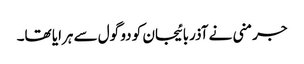
جرمنی نے آذربائیجان کو دو گول سے ہرایا تھا۔